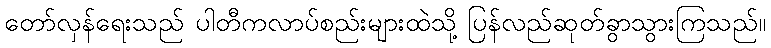
တော်လှန်ရေးသည် ပါတီကလာပ်စည်းများထဲသို့ ပြန်လည်ဆုတ်ခွာသွားကြသည်။